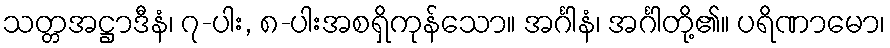
သတ္တအဋ္ဌာဒီနံ၊ ၇-ပါး, ၈-ပါးအစရှိကုန်သော။ အင်္ဂါနံ၊ အင်္ဂါတို့၏။ ပရိဏာမော၊